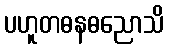
ပဟူတဓနဓညောသိ